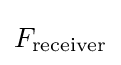
F_{\mathrm {receiver} }